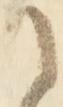
て